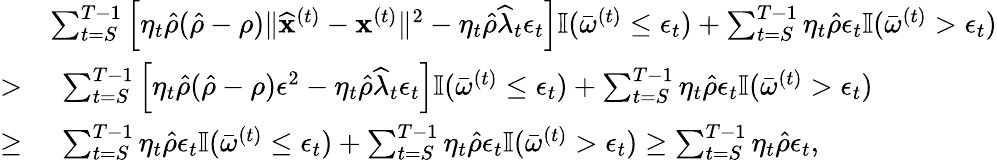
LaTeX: \begin{array}{rl}&{\sum_{t=S}^{T-1}\left[\eta_{t}\hat{\rho}(\hat{\rho}-\rho)\| \widehat{\mathbf x}^{(t)}-{\mathbf x}^{(t)}\| ^{2}-\eta_{t}\hat{\rho}\widehat\lambda_{t}\epsilon_{t}\right]\mathbb{I}(\bar{\omega}^{(t)}\leq\epsilon_{t})+\sum_{t=S}^{T-1}\eta_{t}\hat{\rho}\epsilon_{t}\mathbb{I}(\bar{\omega}^{(t)}>\epsilon_{t})}\\ {>}&{~\sum_{t=S}^{T-1}\left[\eta_{t}\hat{\rho}(\hat{\rho}-\rho)\epsilon^{2}-\eta_{t}\hat{\rho}\widehat\lambda_{t}\epsilon_{t}\right]\mathbb{I}(\bar{\omega}^{(t)}\leq\epsilon_{t})+\sum_{t=S}^{T-1}\eta_{t}\hat{\rho}\epsilon_{t}\mathbb{I}(\bar{\omega}^{(t)}>\epsilon_{t})}\\ {\geq}&{~\sum_{t=S}^{T-1}\eta_{t}\hat{\rho}\epsilon_{t}\mathbb{I}(\bar{\omega}^{(t)}\leq\epsilon_{t})+\sum_{t=S}^{T-1}\eta_{t}\hat{\rho}\epsilon_{t}\mathbb{I}(\bar{\omega}^{(t)}>\epsilon_{t})\geq\sum_{t=S}^{T-1}\eta_{t}\hat{\rho}\epsilon_{t},}\end{array}